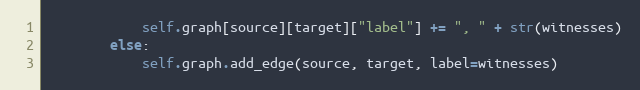
Language: Python
            self.graph[source][target]["label"] += ", " + str(witnesses)
        else:
            self.graph.add_edge(source, target, label=witnesses)